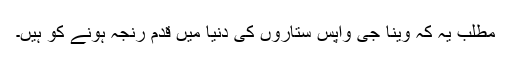
مطلب یہ کہ وینا جی واپس ستاروں کی دنیا میں قدم رنجہ ہونے کو ہیں۔